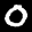
Label: 0